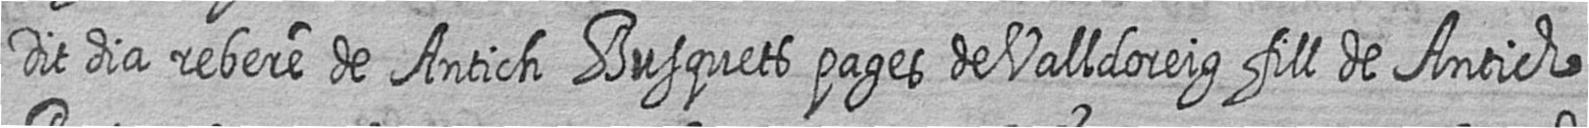
Dit dia rebere de Antich Busquets pages de Valldoreig fill de Antich